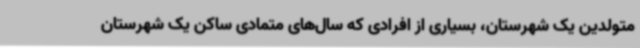
متولدین یک شهرستان، بسیاری از افرادی که سال‌های متمادی ساکن یک شهرستان